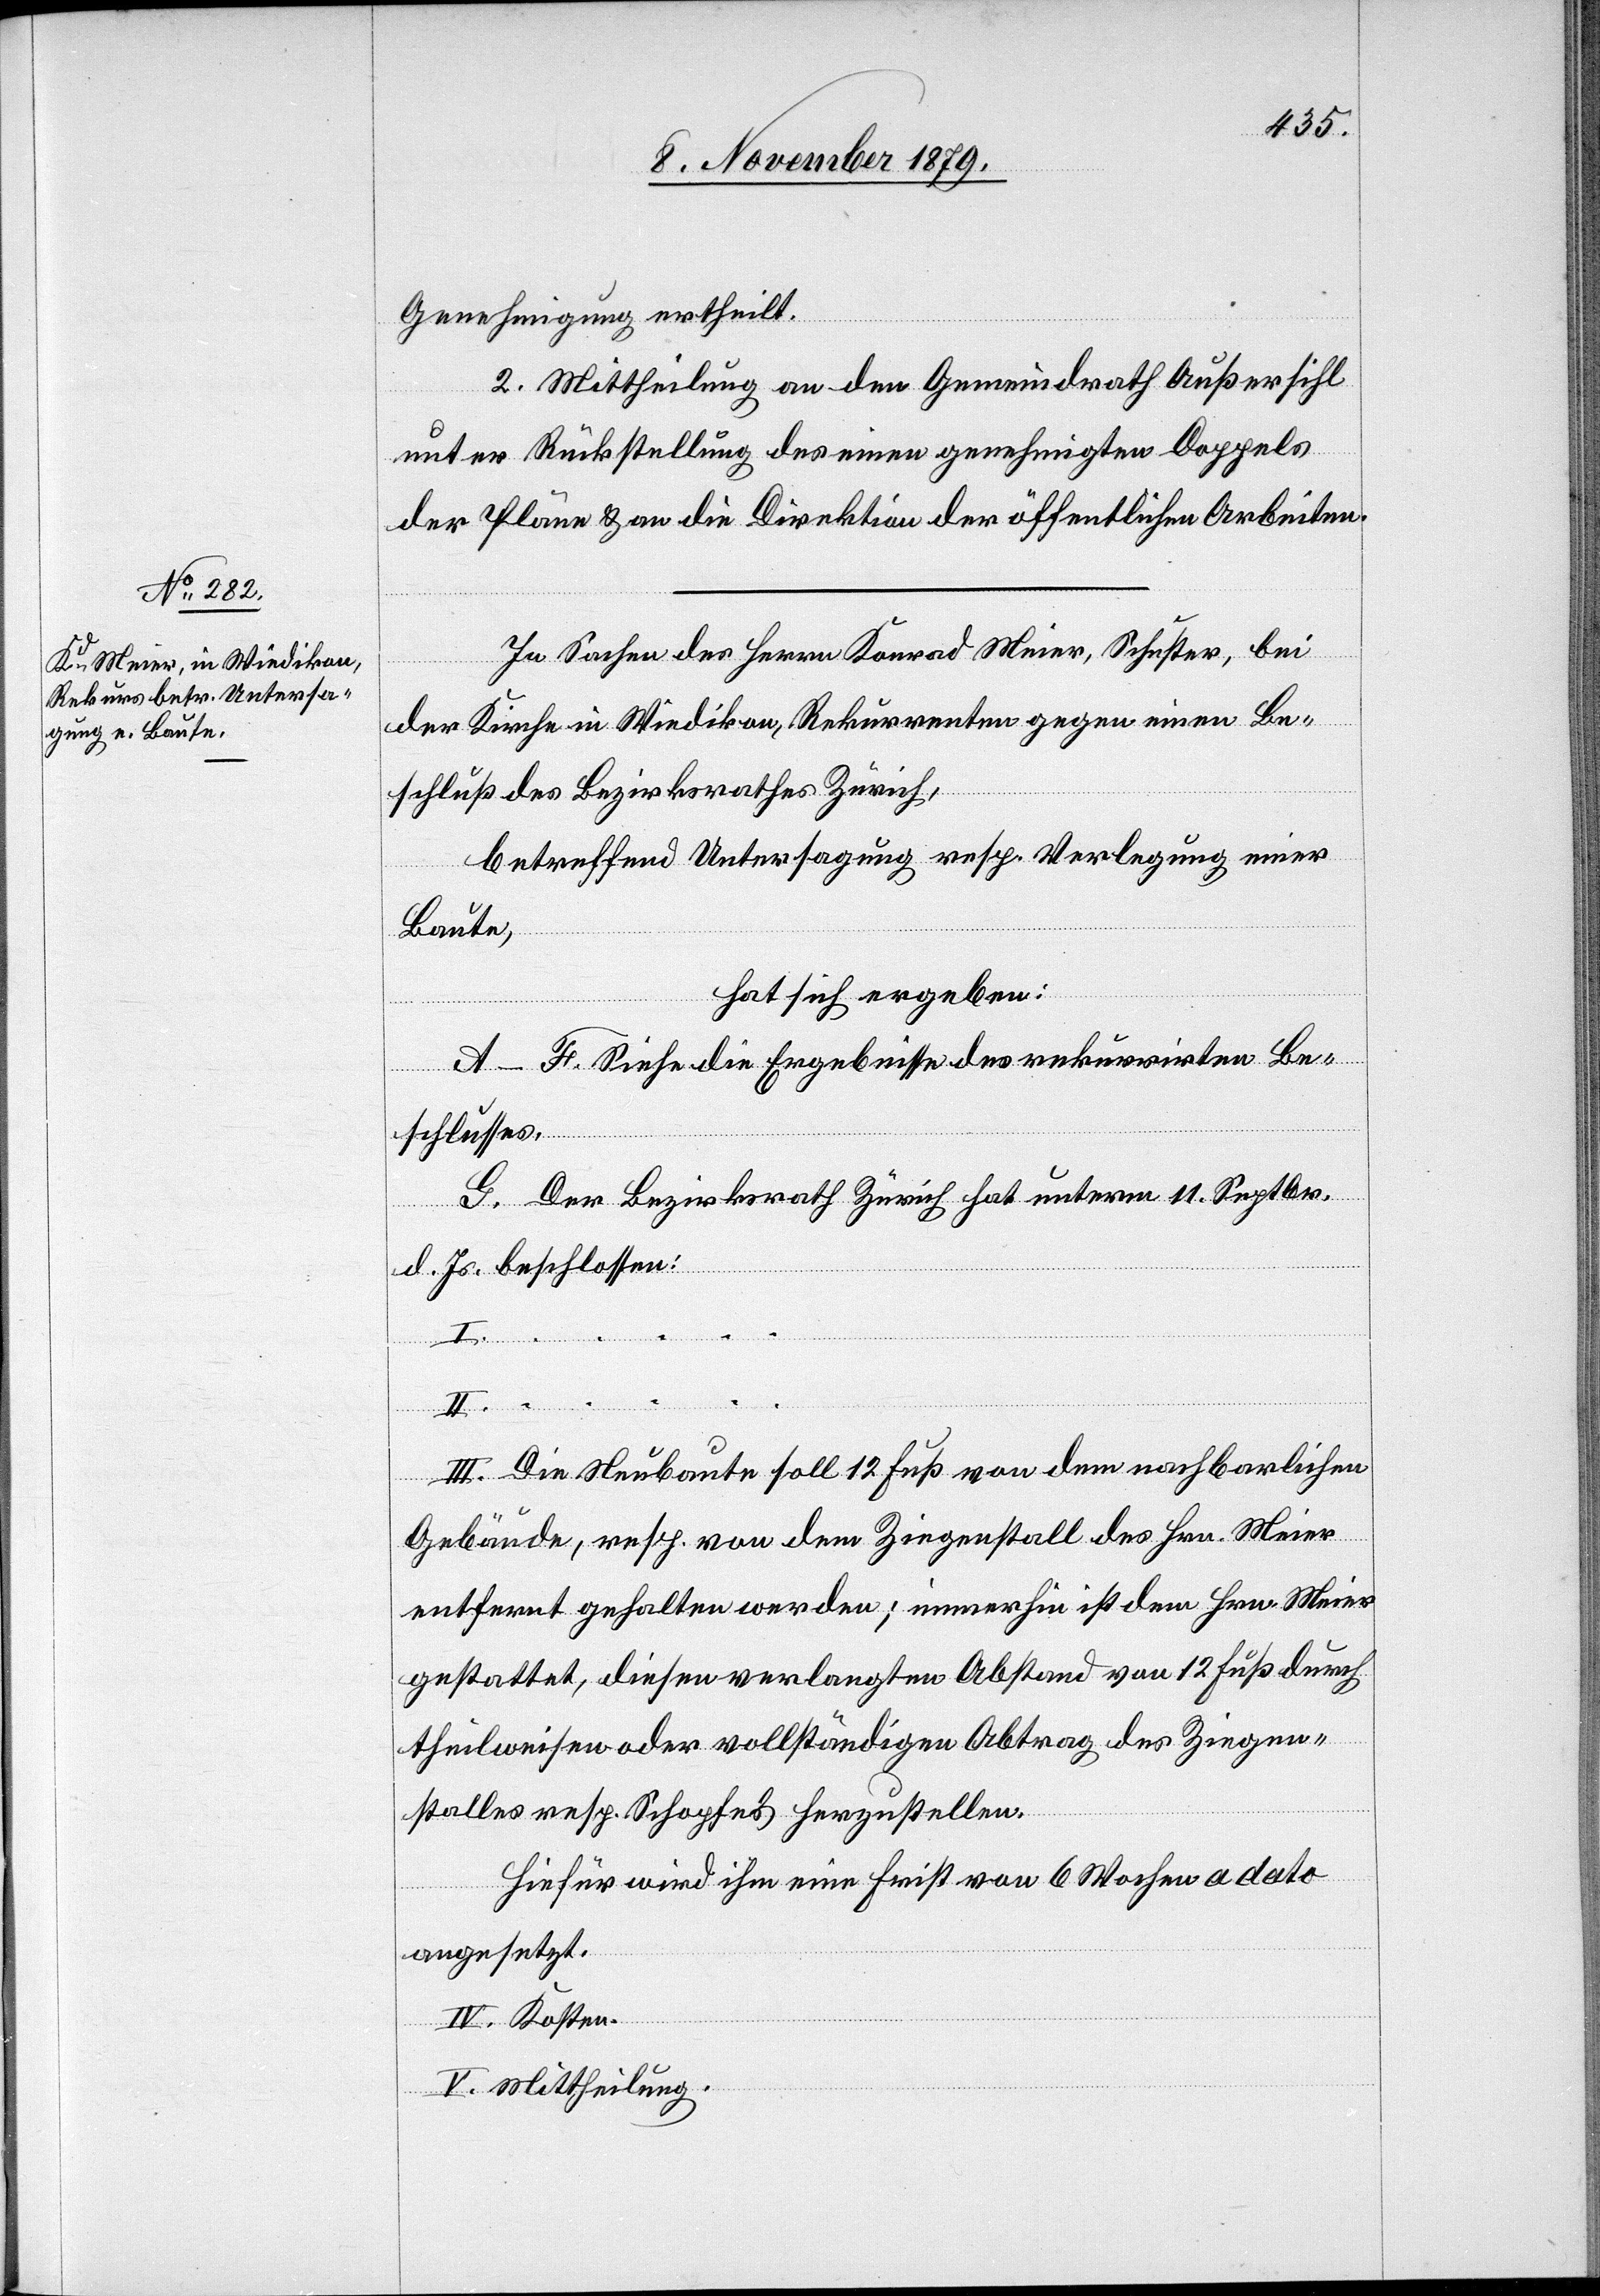
Genehmigung ertheilt.
2. Mittheilung an den Gemeindrath Außersihl
unter Rückstellung des einen genehmigten Doppels
der Pläne & an die Direktion der öffentlichen Arbeiten.
In Sachen des Herrn Konrad Meier, Schuster, bei
der Kirche in Wiedikon, Rekurrenten gegen einen Be¬
schluß des Bezirksrathes Zürich,
betreffend Untersagung resp. Verlegung einer
Baute,
hat sich ergeben:
A.–F. Siehe die Ergebnisse des rekurriten Be¬
schlusses.
G. Der Bezirksrath Zürich hat unterm 11. Septbr.
d. Js. beschlossen:
I. …
…
III. Die Neubaute soll 12 Fuß von dem nachbarlichen
Gebäude, resp. von dem Ziegenstall des Hrn. Meier
entfernt gehalten werden; immerhin ist dem Hrn. Meier
gestattet, diesen verlangten Abstand von 12 Fuß durch
theilweisen oder vollständigen Abtrag des Ziegen¬
stalles resp. Schopfes herzustellen.
Hiefür wird ihm eine Frist von 6 Wochen a dato
angesetzt.
IV. Kosten.
V. Mittheilung.